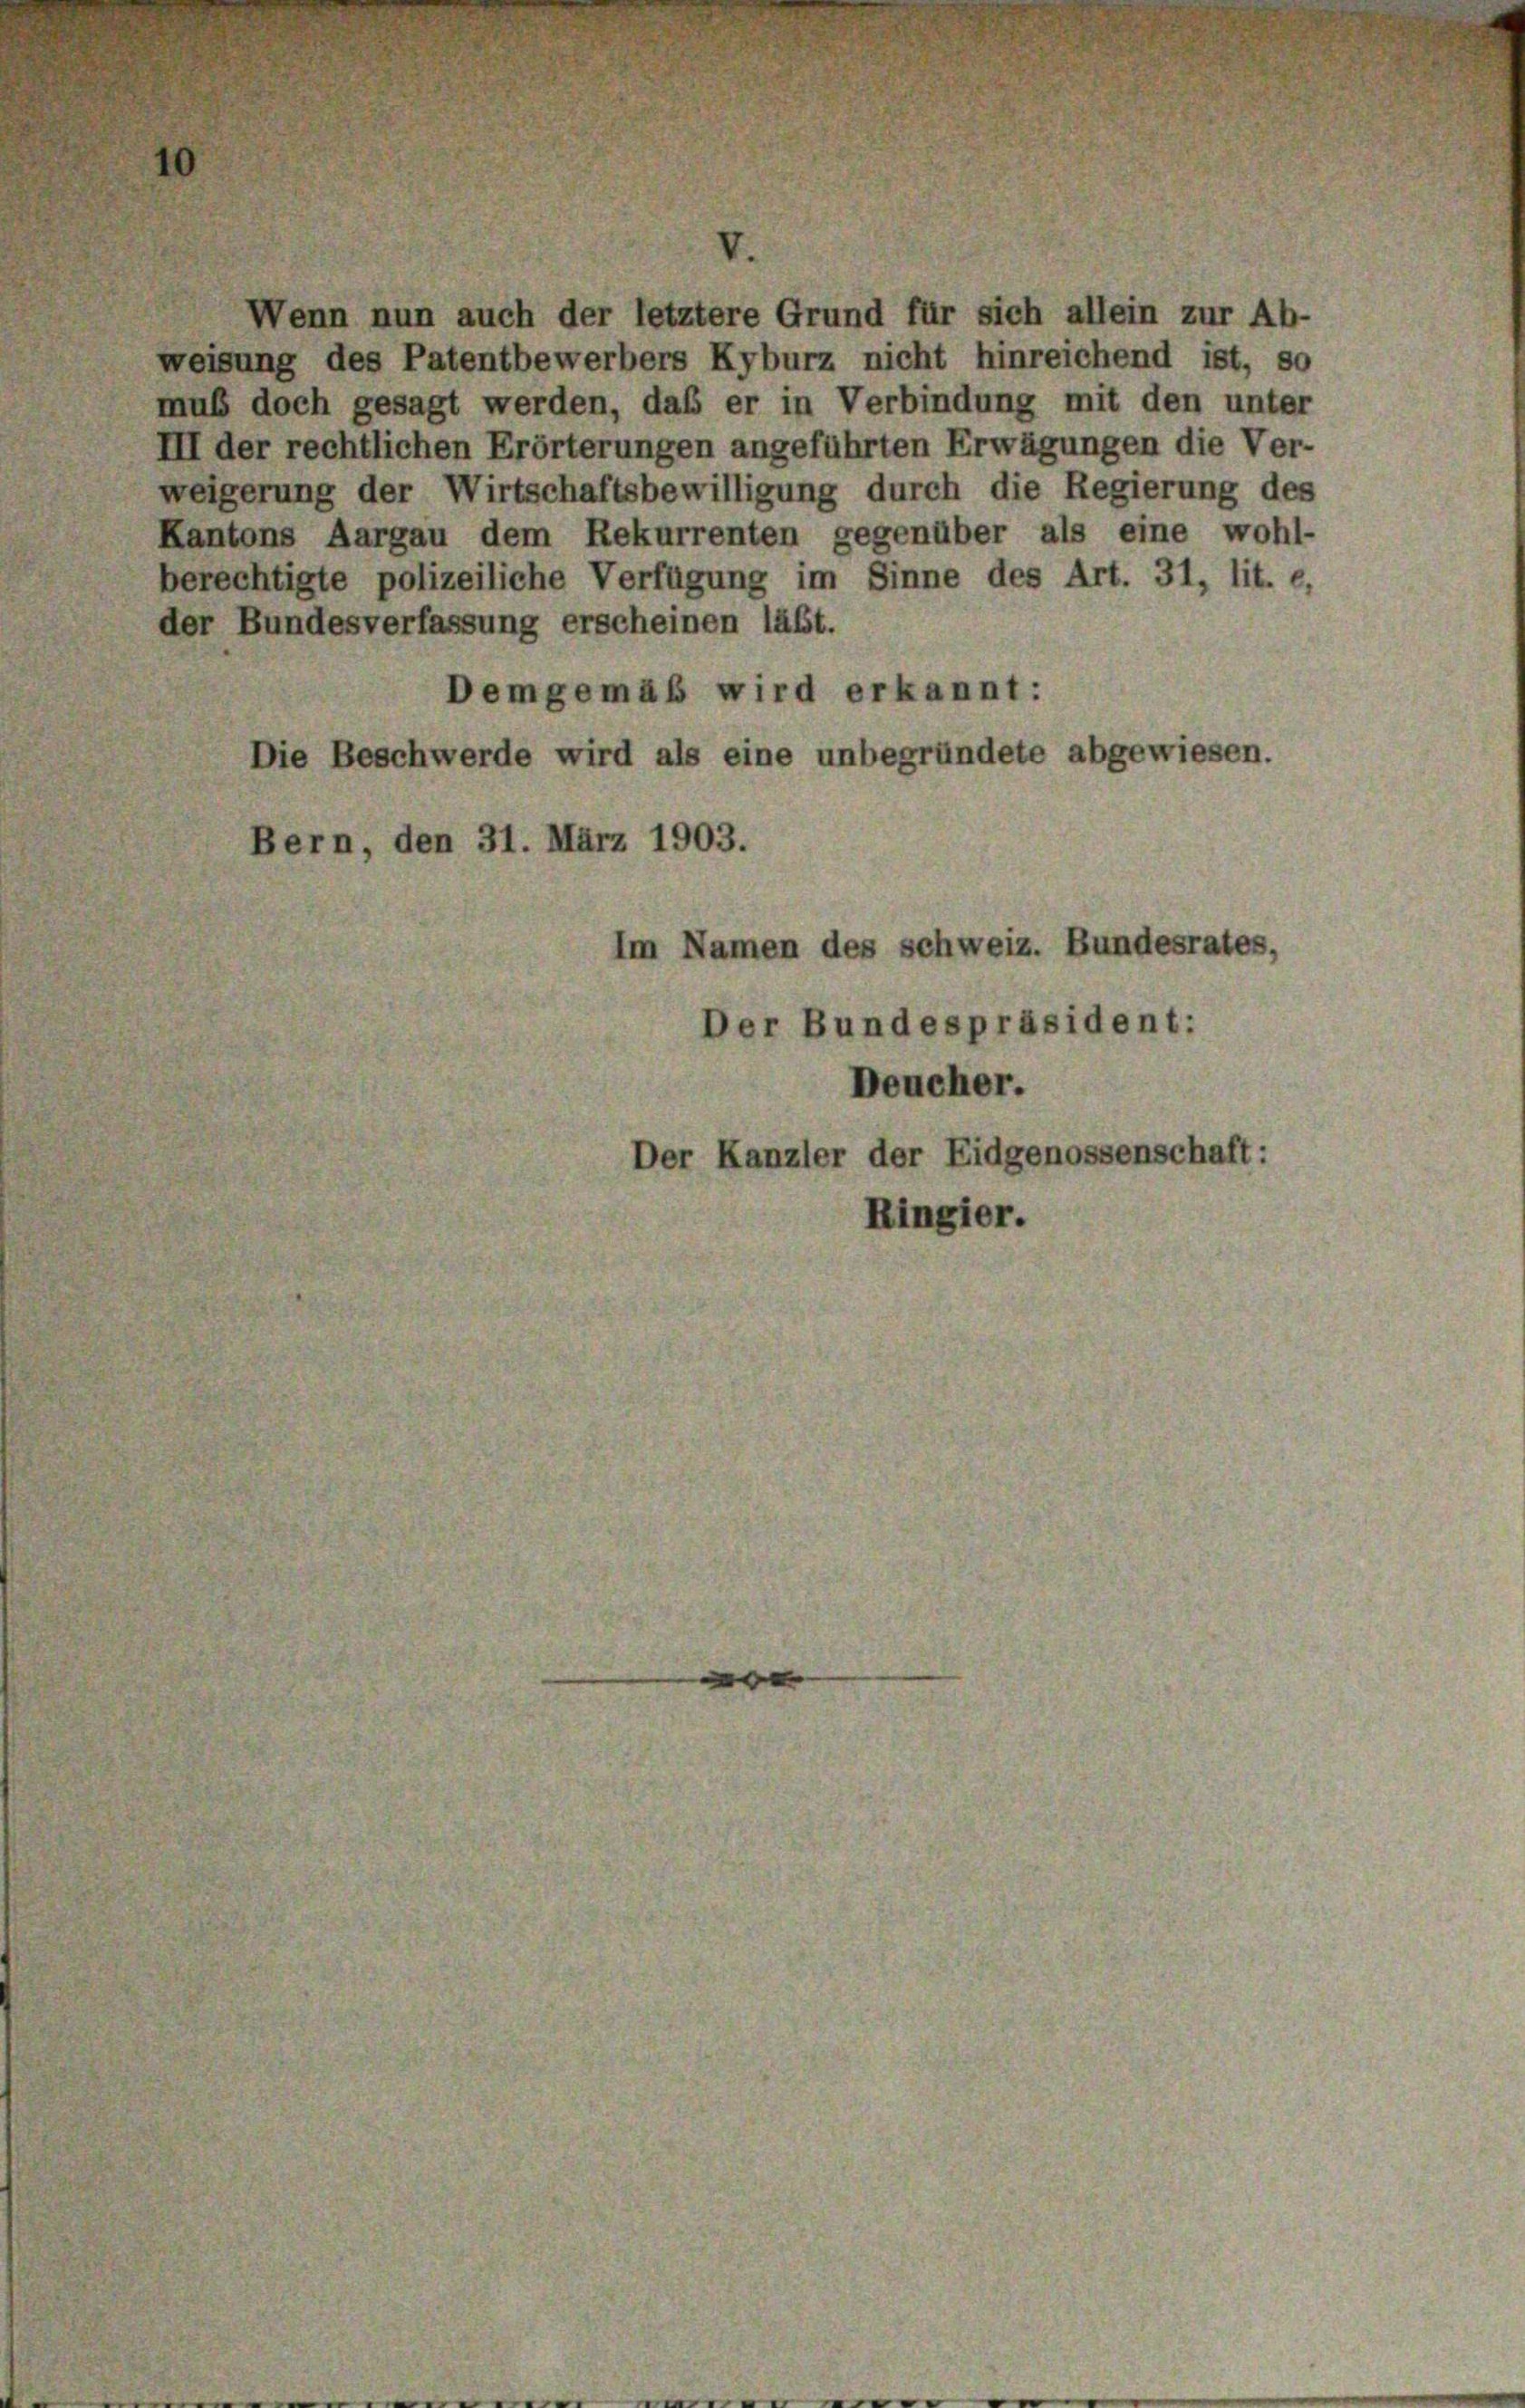
Wenn nun auch der letztere Grund für sich allein zur Ab-
weisung des Patentbewerbers Kyburz nicht hinreichend ist, so
muß doch gesagt werden, daß er in Verbindung mit den unter
III der rechtlichen Erörterungen angeführten Erwägungen die Ver-
weigerung der Wirtschaftsbewilligung durch die Regierung des
Kantons Aargau dem Rekurrenten gegenüber als eine wohl-
berechtigte polizeiliche Verfügung im Sinne des Art. 31, lit. e.
der Bundesverfassung erscheinen läßt.
Demgemäß wird erkannt:
Die Beschwerde wird als eine unbegründete abgewiesen.
Bern, den 31. März 1903.
Im Namen des schweiz. Bundesrates,
Der Bundespräsident:
Deucher.
Der Kanzler der Eidgenossenschaft:
Ringier.